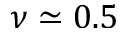
\nu \simeq 0 . 5